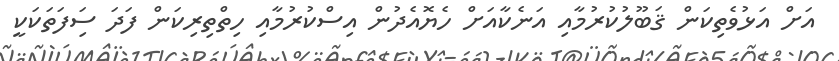
އަށް އަޅުވެތިކަން ޤަބޫލުކުރުމާއި އަނެކާއަށް ހެޔޮއެދުން އިސްކުރުމާއި ހިތްތިރިކަން ފަދަ ސަިފަތަކަކީ